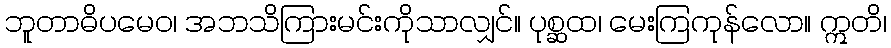
ဘူတာဓိပမေဝ၊ အဘသိကြားမင်းကိုသာလျှင်။ ပုစ္ဆထ၊ မေးကြကုန်လော။ ဣတိ၊